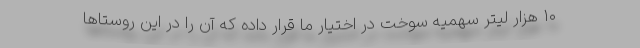
۱۰ هزار لیتر سهمیه سوخت در اختیار ما قرار داده که آن را در این روستاها